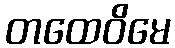
တထေဝိမေ